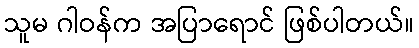
သူမ ဂါဝန်က အပြာရောင် ဖြစ်ပါတယ်။